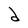
Character: d